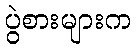
ပွဲစားများက